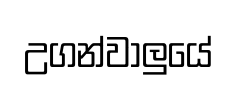
උගන්වාලුයේ